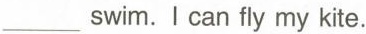
___swim.I can fly my kite.